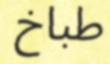
طباخ